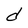
Character: d